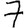
Digit: 7